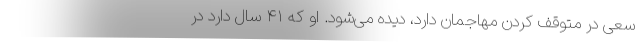
سعی در متوقف کردن مهاجمان دارد، دیده می‌شود. او که ۴۱ سال دارد در